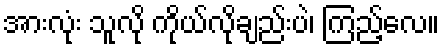
အားလုံး သူလို ကိုယ်လိုချည်းပဲ၊ ကြည့်လေ။